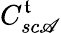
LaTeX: C_{sc\mathscr{A}}^{\mathfrak{t}}